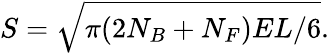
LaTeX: S=\sqrt{\pi(2N_{B}+N_{F})EL/6}.